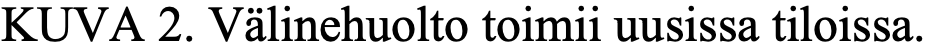
KUVA  2. Välinehuolto toimii uusissa tiloissa.